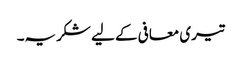
تیری معافی کے لیے شکریہ۔